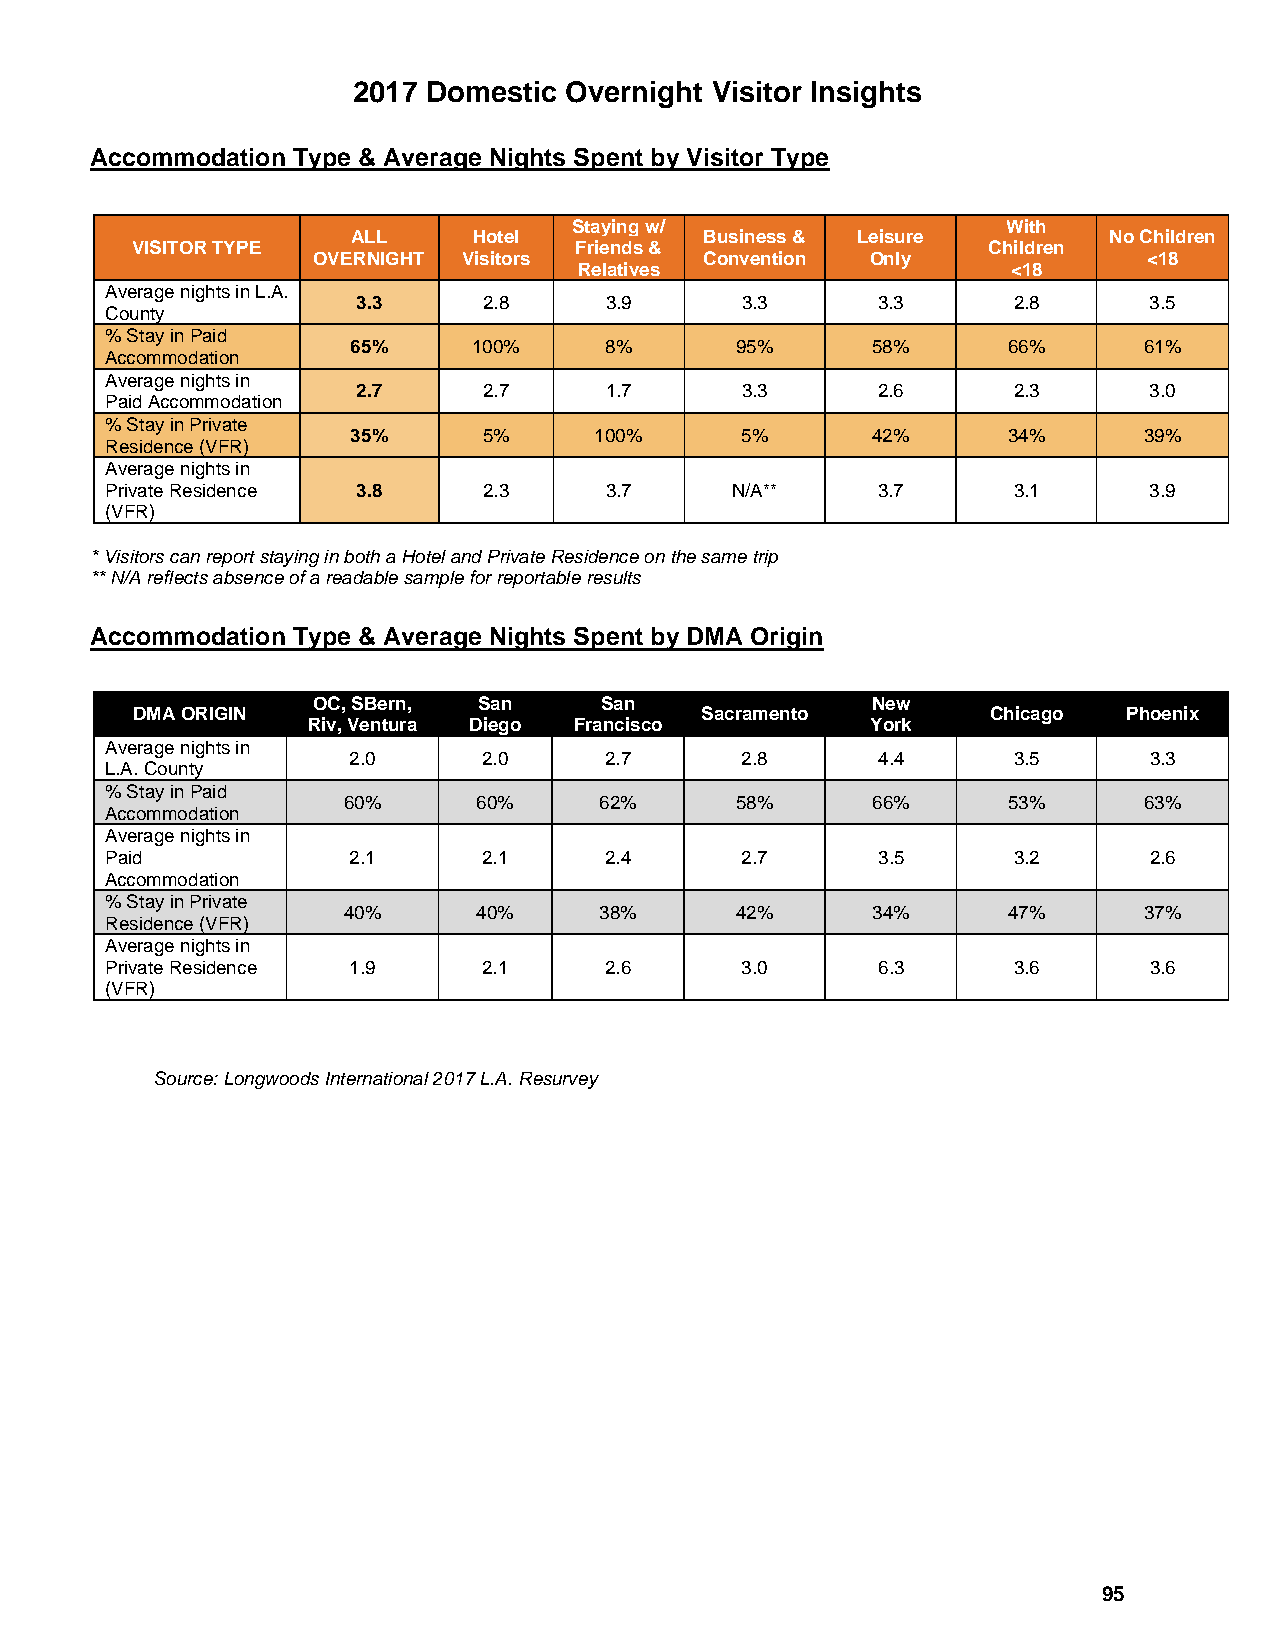
2017 Domestic Overnight Visitor Insights
 Accommodation Type & Average Nights Spent by Visitor Type
 Staying w/                   With
 ALL     Hotel           Business & Leisure        No Children
 VISITOR TYPE                 Friends &                  Children
 OVERNIGHT Visitors        Convention Only              <18
 Relatives                    <18
 Average nights in L.A.
 3.3     2.8     3.9      3.3      3.3      2.8      3.5
 County
 % Stay in Paid
 65%     100%     8%       95%      58%      66%      61%
 Accommodation
 Average nights in
 2.7     2.7     1.7      3.3      2.6      2.3      3.0
 Paid Accommodation
 % Stay in Private
 35%      5%     100%      5%       42%      34%      39%
 Residence (VFR)
 Average nights in
 Private Residence 3.8    2.3     3.7     N/A**     3.7      3.1      3.9
 (VFR)
 * Visitors can report staying in both a Hotel and Private Residence on the same trip
 ** N/A reflects absence of a readable sample for reportable results
 Accommodation Type & Average Nights Spent by DMA Origin
 OC, SBern, San     San               New
 DMA ORIGIN                           Sacramento          Chicago  Phoenix
 Riv, Ventura Diego Francisco          York
 Average nights in
 2.0      2.0     2.7      2.8      4.4      3.5      3.3
 L.A. County
 % Stay in Paid
 60%      60%     62%      58%      66%      53%      63%
 Accommodation
 Average nights in
 Paid            2.1      2.1     2.4      2.7      3.5      3.2      2.6
 Accommodation
 % Stay in Private
 40%      40%     38%      42%      34%      47%      37%
 Residence (VFR)
 Average nights in
 Private Residence 1.9    2.1     2.6      3.0      6.3      3.6      3.6
 (VFR)
 Source: Longwoods International 2017 L.A. Resurvey
 95